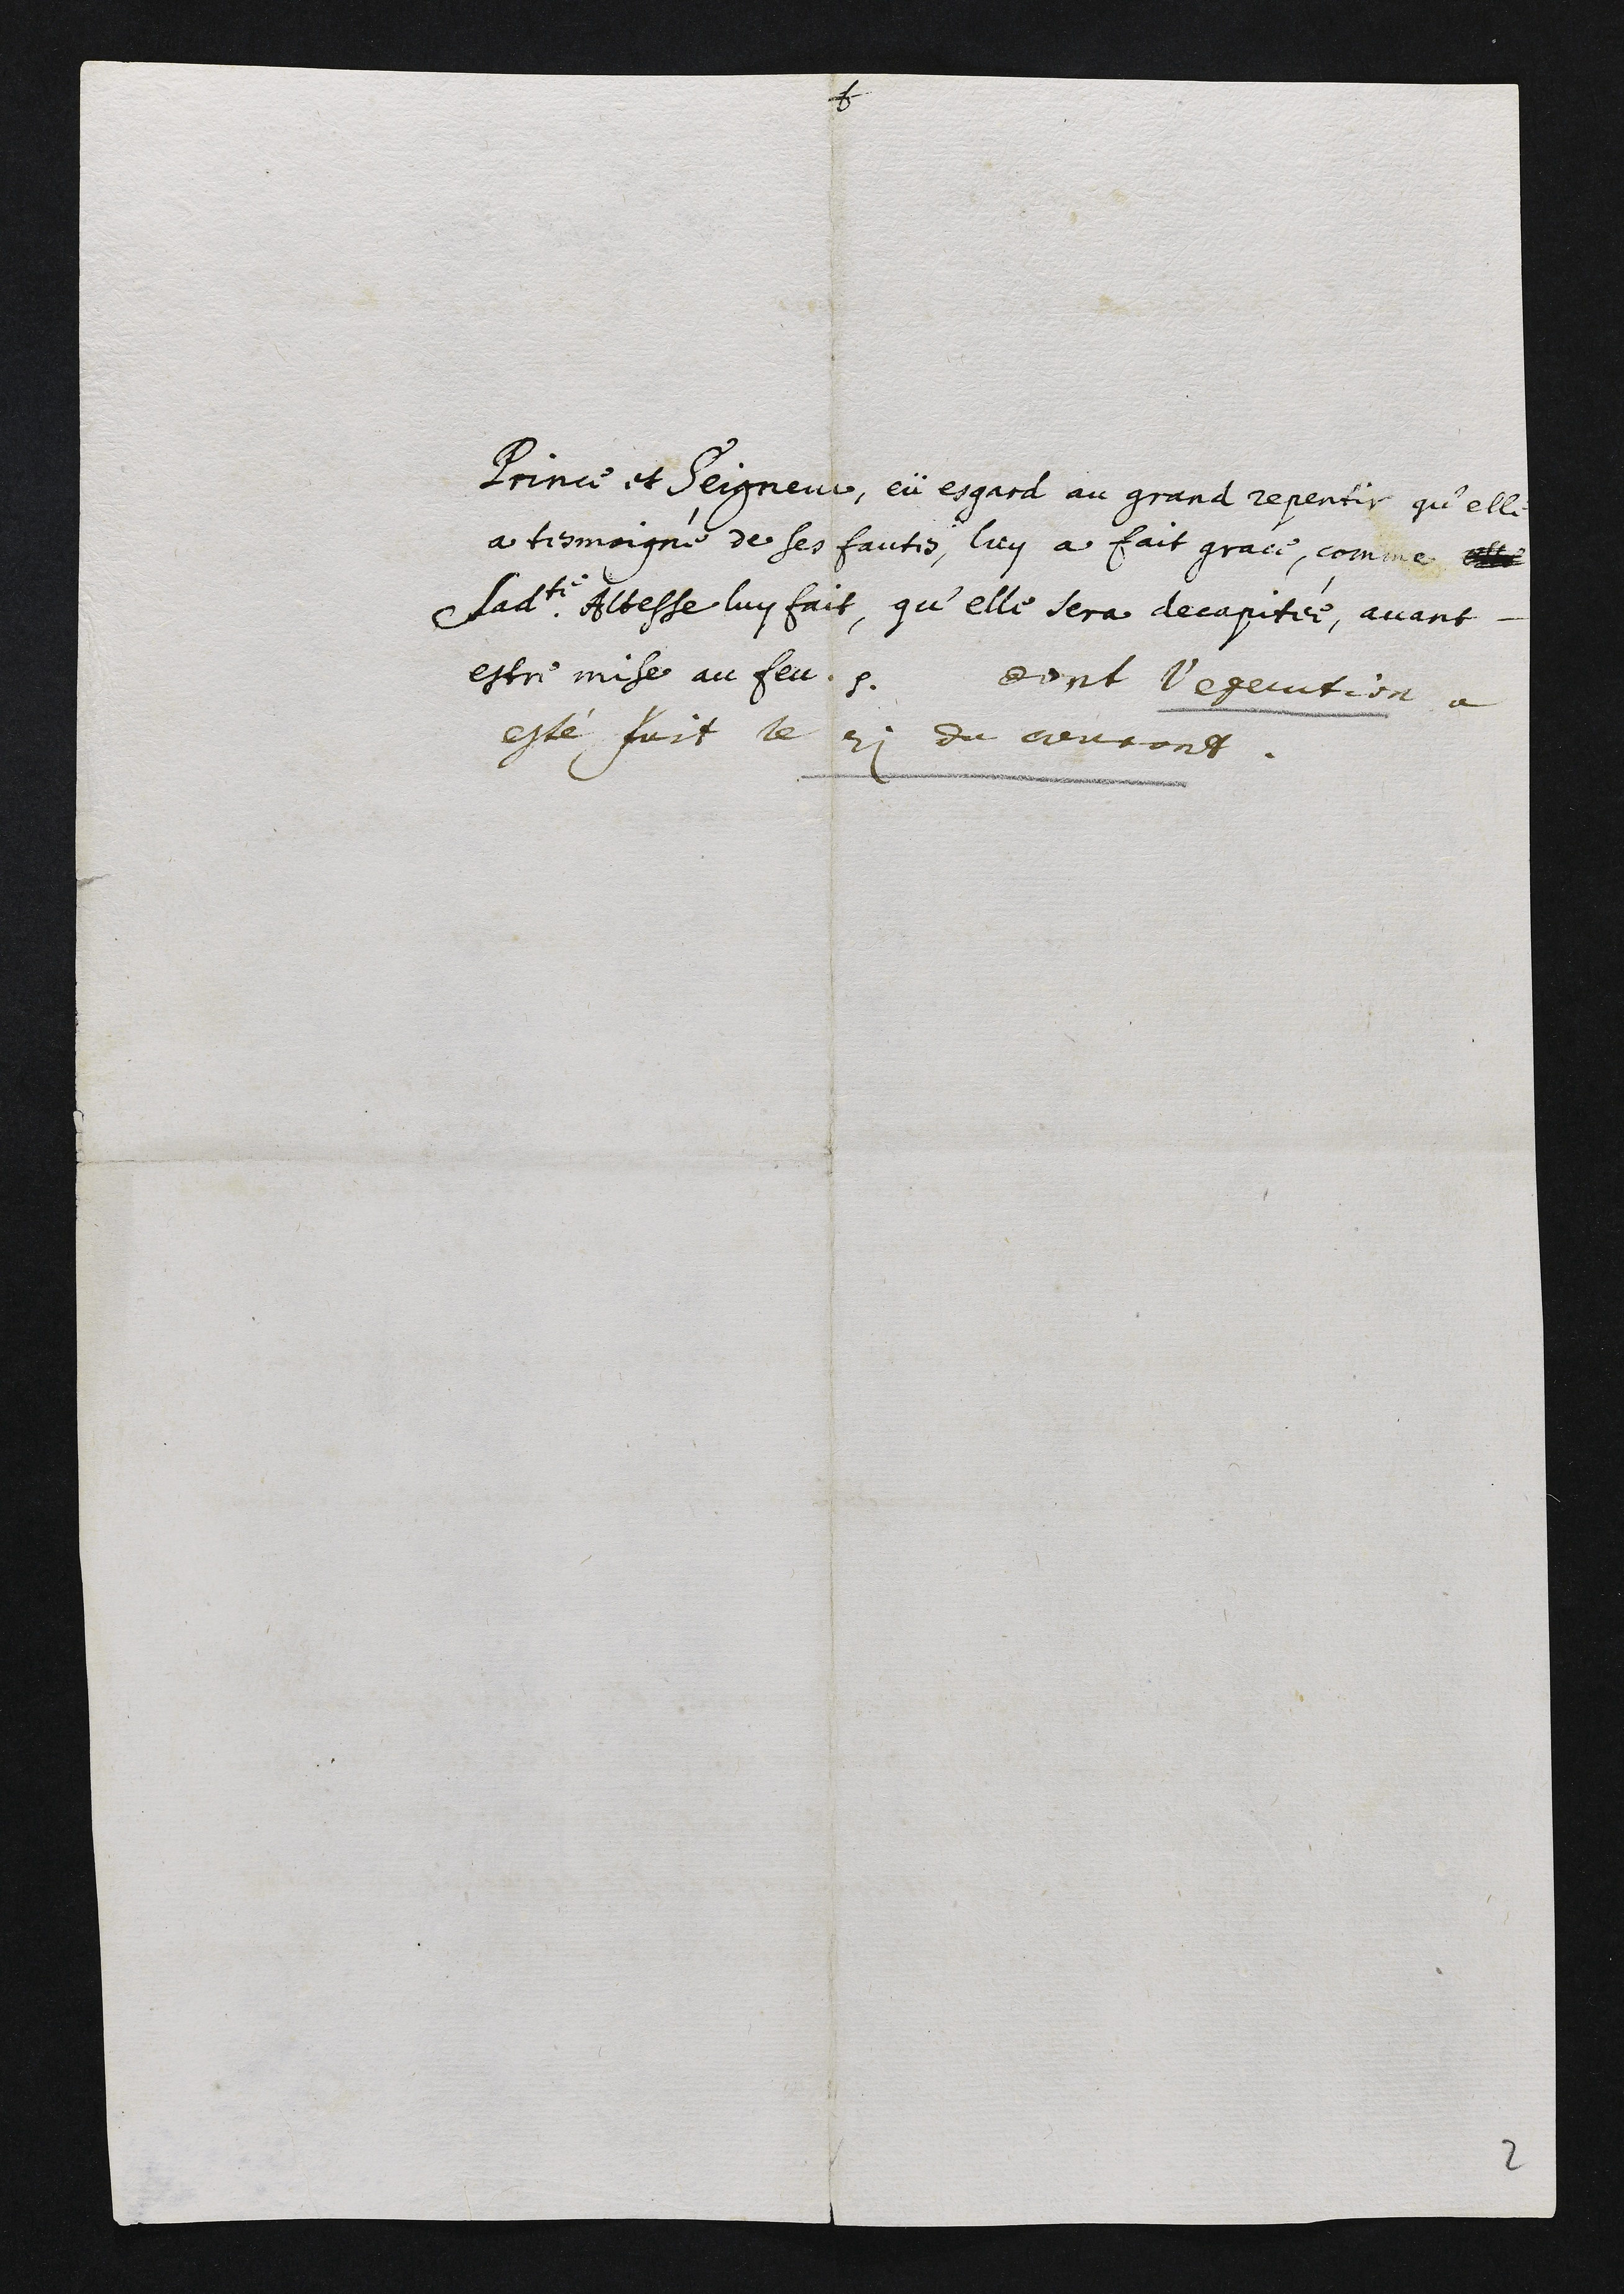
Prince et Seigneur, eü esgard au grand repentir qu’elle
a tesmoigné de ses faites, luy a fait grace, comme elle
ladite Altesse luy fait, qu’elle sera decapitée, avant
estre mise au feu. dont l’execition à
esté fuit le 21 du cieucont.